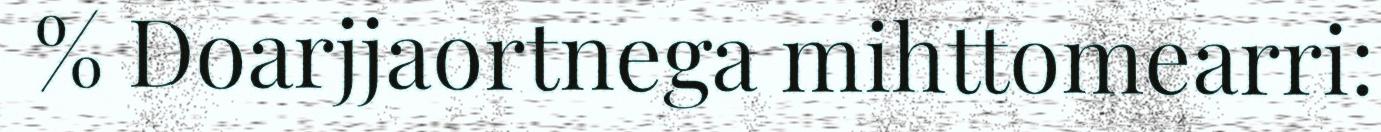
% Doarjjaortnega mihttomearri: